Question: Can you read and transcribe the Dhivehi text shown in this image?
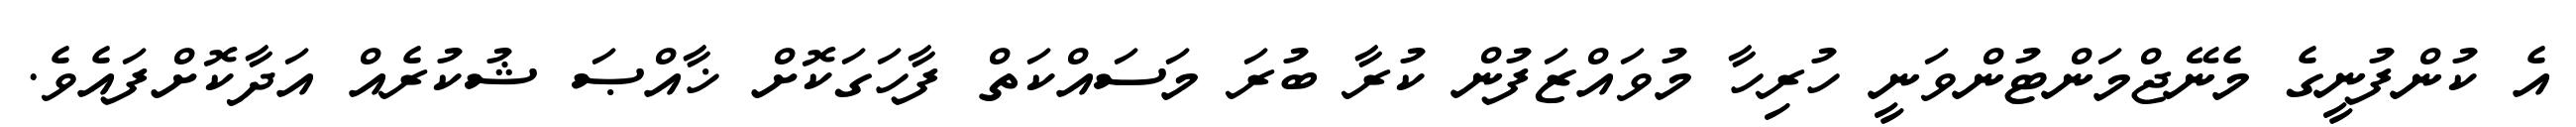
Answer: އެ ކުންފުނީގެ މެނޭޖްމަންޓުންވަނީ ހުރިހާ މުވައްޒަފުން ކުރާ ބުރަ މަސައްކަތް ފާހަގަކޮށް ޚާއްޞަ ޝުކުރެއް އަދާކޮށްފައެވެ.